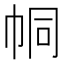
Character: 𢂓